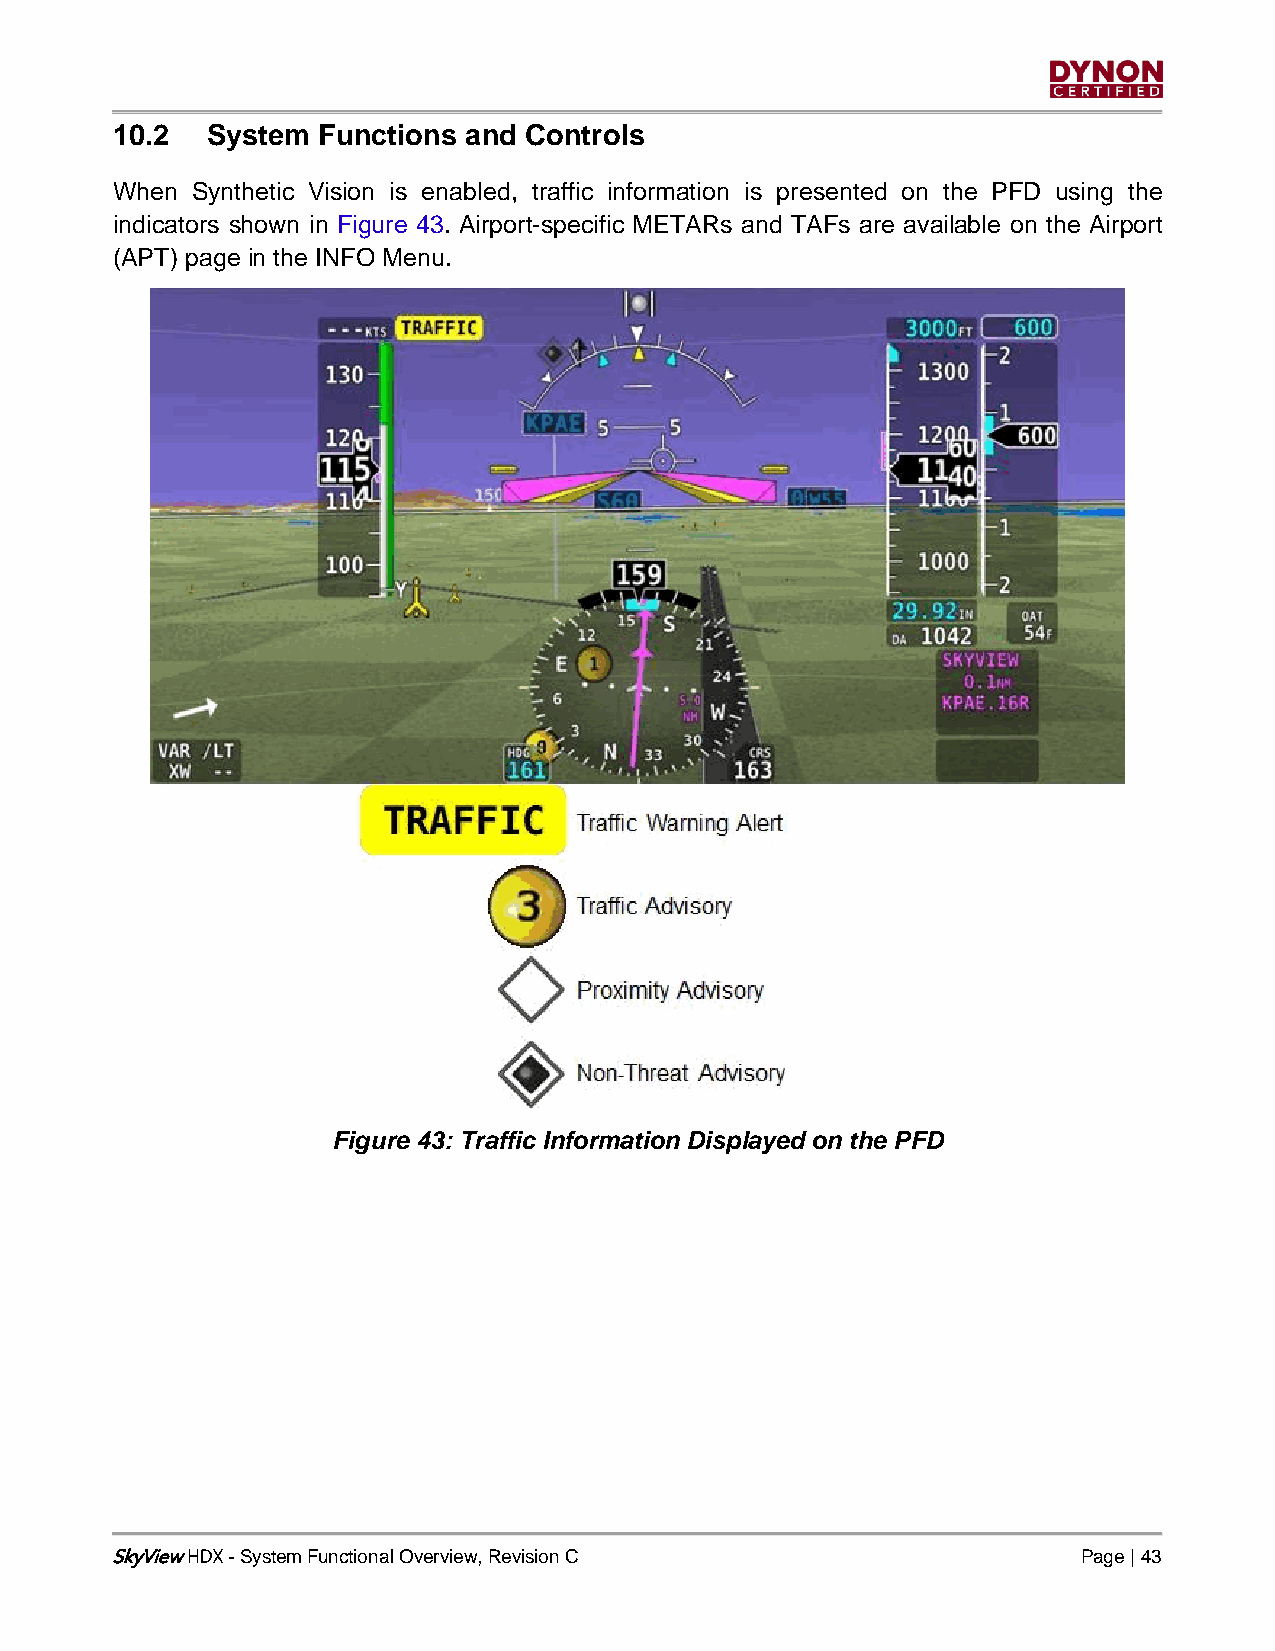
10.2   System Functions and Controls
 When  Synthetic Vision is enabled, traffic information is presented on the PFD using the
 indicators shown in Figure 43. Airport-specific METARs and TAFs are available on the Airport
 (APT) page in the INFO Menu.
 Figure 43: Traffic Information Displayed on the PFD
 SkyView - System Functional Overview, Revision C                 Page | 43